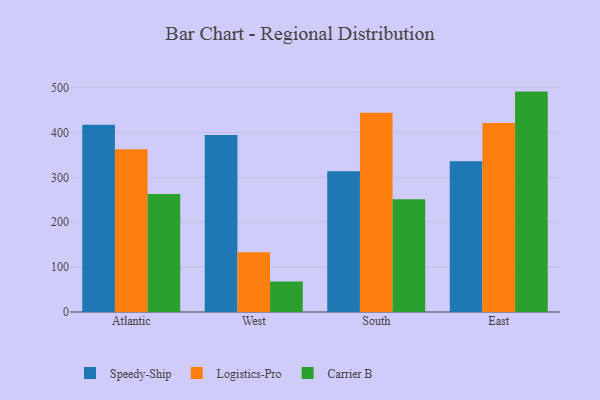
{"axis": {"x": "Region", "y": "Shipments"}, "legend": ["Carrier B", "Logistics-Pro", "Speedy-Ship"], "data": [{"x": "Atlantic", "y": 417.0, "type": "Speedy-Ship"}, {"x": "Atlantic", "y": 362.5, "type": "Logistics-Pro"}, {"x": "Atlantic", "y": 263.1, "type": "Carrier B"}, {"x": "West", "y": 394.3, "type": "Speedy-Ship"}, {"x": "West", "y": 133.4, "type": "Logistics-Pro"}, {"x": "West", "y": 67.8, "type": "Carrier B"}, {"x": "South", "y": 313.5, "type": "Speedy-Ship"}, {"x": "South", "y": 443.8, "type": "Logistics-Pro"}, {"x": "South", "y": 251.0, "type": "Carrier B"}, {"x": "East", "y": 336.1, "type": "Speedy-Ship"}, {"x": "East", "y": 421.1, "type": "Logistics-Pro"}, {"x": "East", "y": 491.1, "type": "Carrier B"}]}